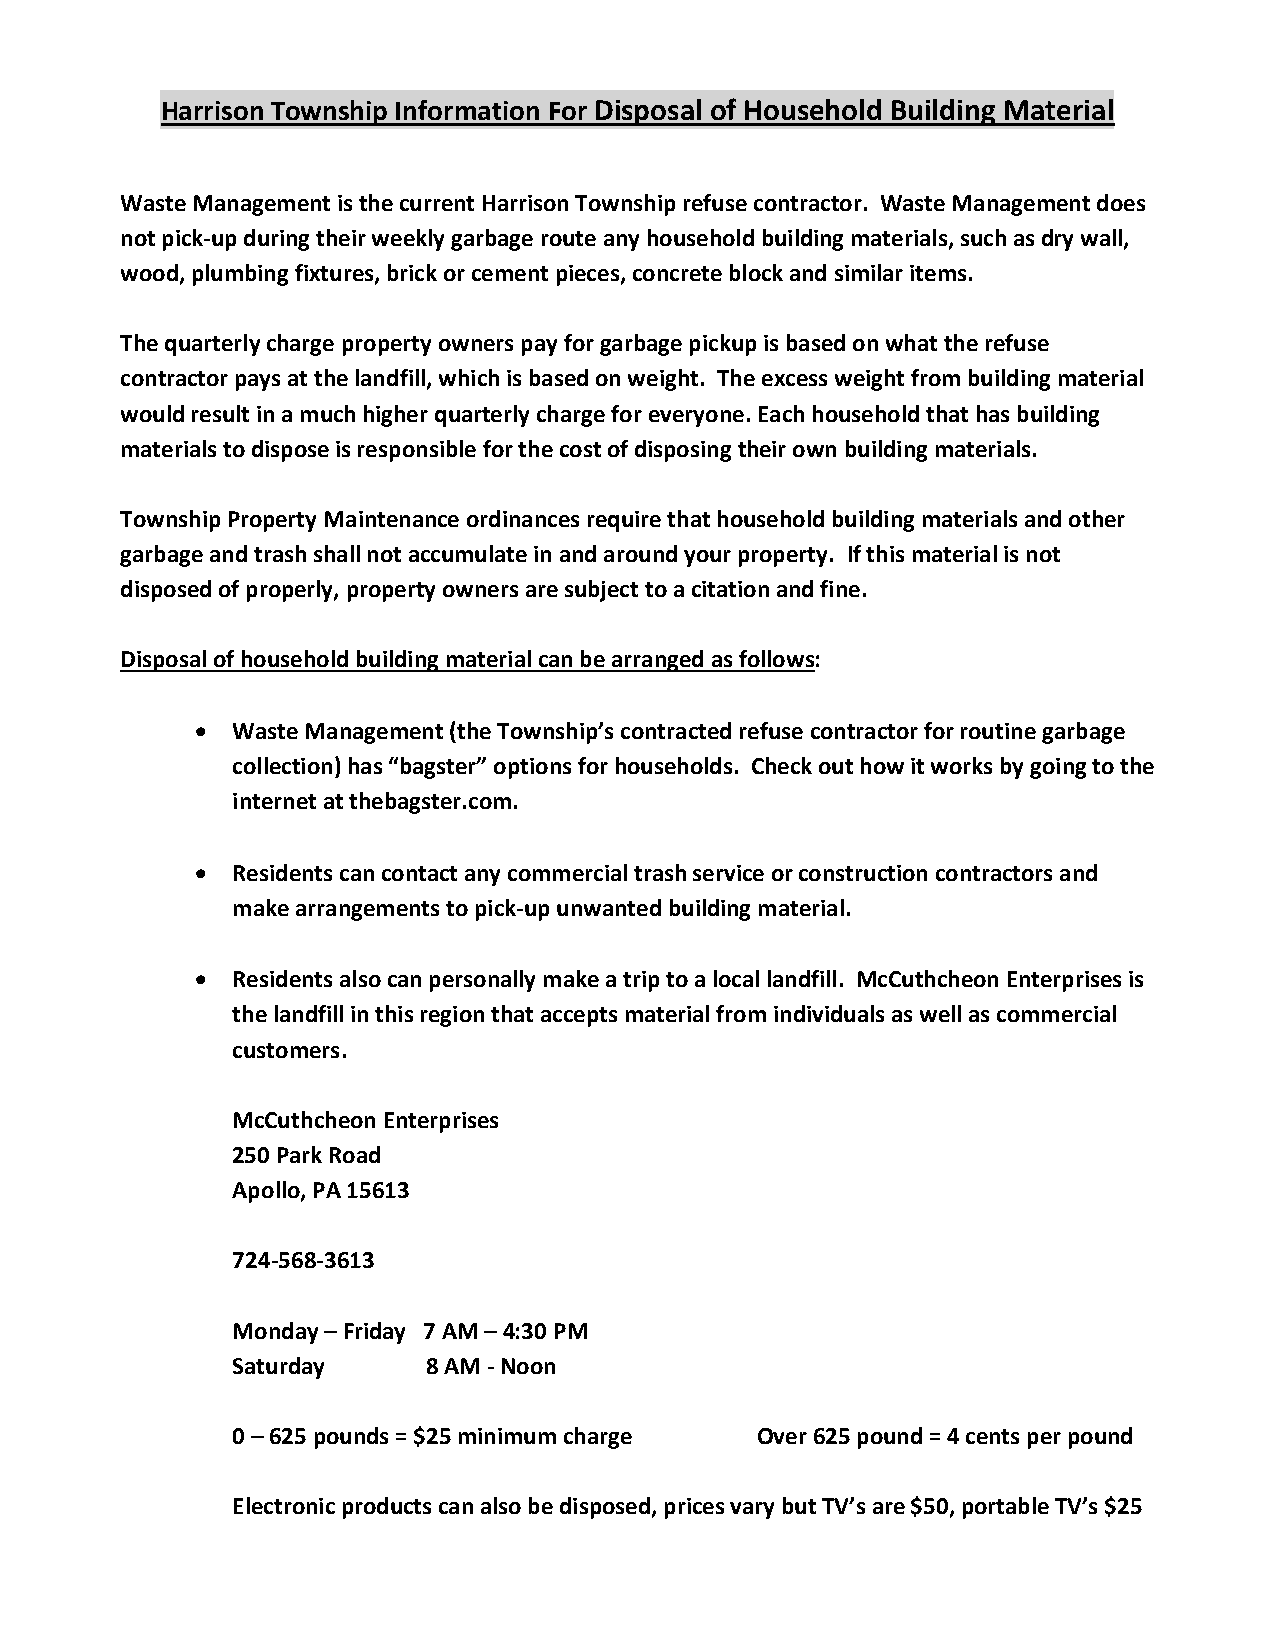
Harrison Township Information For Disposal of Household Building Material
 Waste Management is the current Harrison Township refuse contractor. Waste Management does
 not pick-up during their weekly garbage route any household building materials, such as dry wall,
 wood, plumbing fixtures, brick or cement pieces, concrete block and similar items.
 The quarterly charge property owners pay for garbage pickup is based on what the refuse
 contractor pays at the landfill, which is based on weight. The excess weight from building material
 would result in a much higher quarterly charge for everyone. Each household that has building
 materials to dispose is responsible for the cost of disposing their own building materials.
 Township Property Maintenance ordinances require that household building materials and other
 garbage and trash shall not accumulate in and around your property. If this material is not
 disposed of properly, property owners are subject to a citation and fine.
 Disposal of household building material can be arranged as follows:
 • Waste Management (the Township’s contracted refuse contractor for routine garbage
 collection) has “bagster” options for households. Check out how it works by going to the
 internet at thebagster.com.
 • Residents can contact any commercial trash service or construction contractors and
 make arrangements to pick-up unwanted building material.
 • Residents also can personally make a trip to a local landfill. McCuthcheon Enterprises is
 the landfill in this region that accepts material from individuals as well as commercial
 customers.
 McCuthcheon Enterprises
 250 Park Road
 Apollo, PA 15613
 724-568-3613
 Monday – Friday 7 AM – 4:30 PM
 Saturday     8 AM - Noon
 0 – 625 pounds = $25 minimum charge Over 625 pound = 4 cents per pound
 Electronic products can also be disposed, prices vary but TV’s are $50, portable TV’s $25